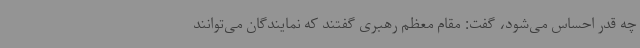
چه قدر احساس می‌شود، گفت: مقام معظم رهبری گفتند که نمایندگان می‌توانند